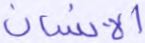
الإنسان